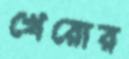
খেরোর